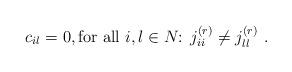
LaTeX: \begin{align*} c_{il}=0, \mbox{for all $i,l \in N$: $j^{(r)}_{ii}\neq j^{(r)}_{ll}$ }. \end{align*}